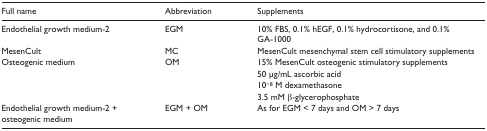
<table><thead><tr><td><b>Full name</b></td><td><b>Abbreviation</b></td><td><b>Supplements</b></td></tr></thead><tbody><tr><td>Endothelial growth medium-2</td><td>EGM</td><td>10% FBS, 0.1% hEGF, 0.1% hydrocortisone, and 0.1% GA-1000</td></tr><tr><td>MesenCult</td><td>MC</td><td>MesenCult mesenchymal stem cell stimulatory supplements</td></tr><tr><td>Osteogenic medium</td><td>OM</td><td>15% MesenCult osteogenic stimulatory supplements</td></tr><tr><td></td><td></td><td>50 μg/mL ascorbic acid</td></tr><tr><td></td><td></td><td>10<sup>−8</sup> M dexamethasone</td></tr><tr><td></td><td></td><td>3.5 mM β-glycerophosphate</td></tr><tr><td>Endothelial growth medium-2 + osteogenic medium</td><td>EGM + OM</td><td>As for EGM &lt; 7 days and OM &gt; 7 days</td></tr></tbody></table>